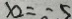
x _ { 2 } = - 5